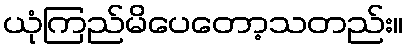
ယုံကြည်မိပေတော့သတည်း။